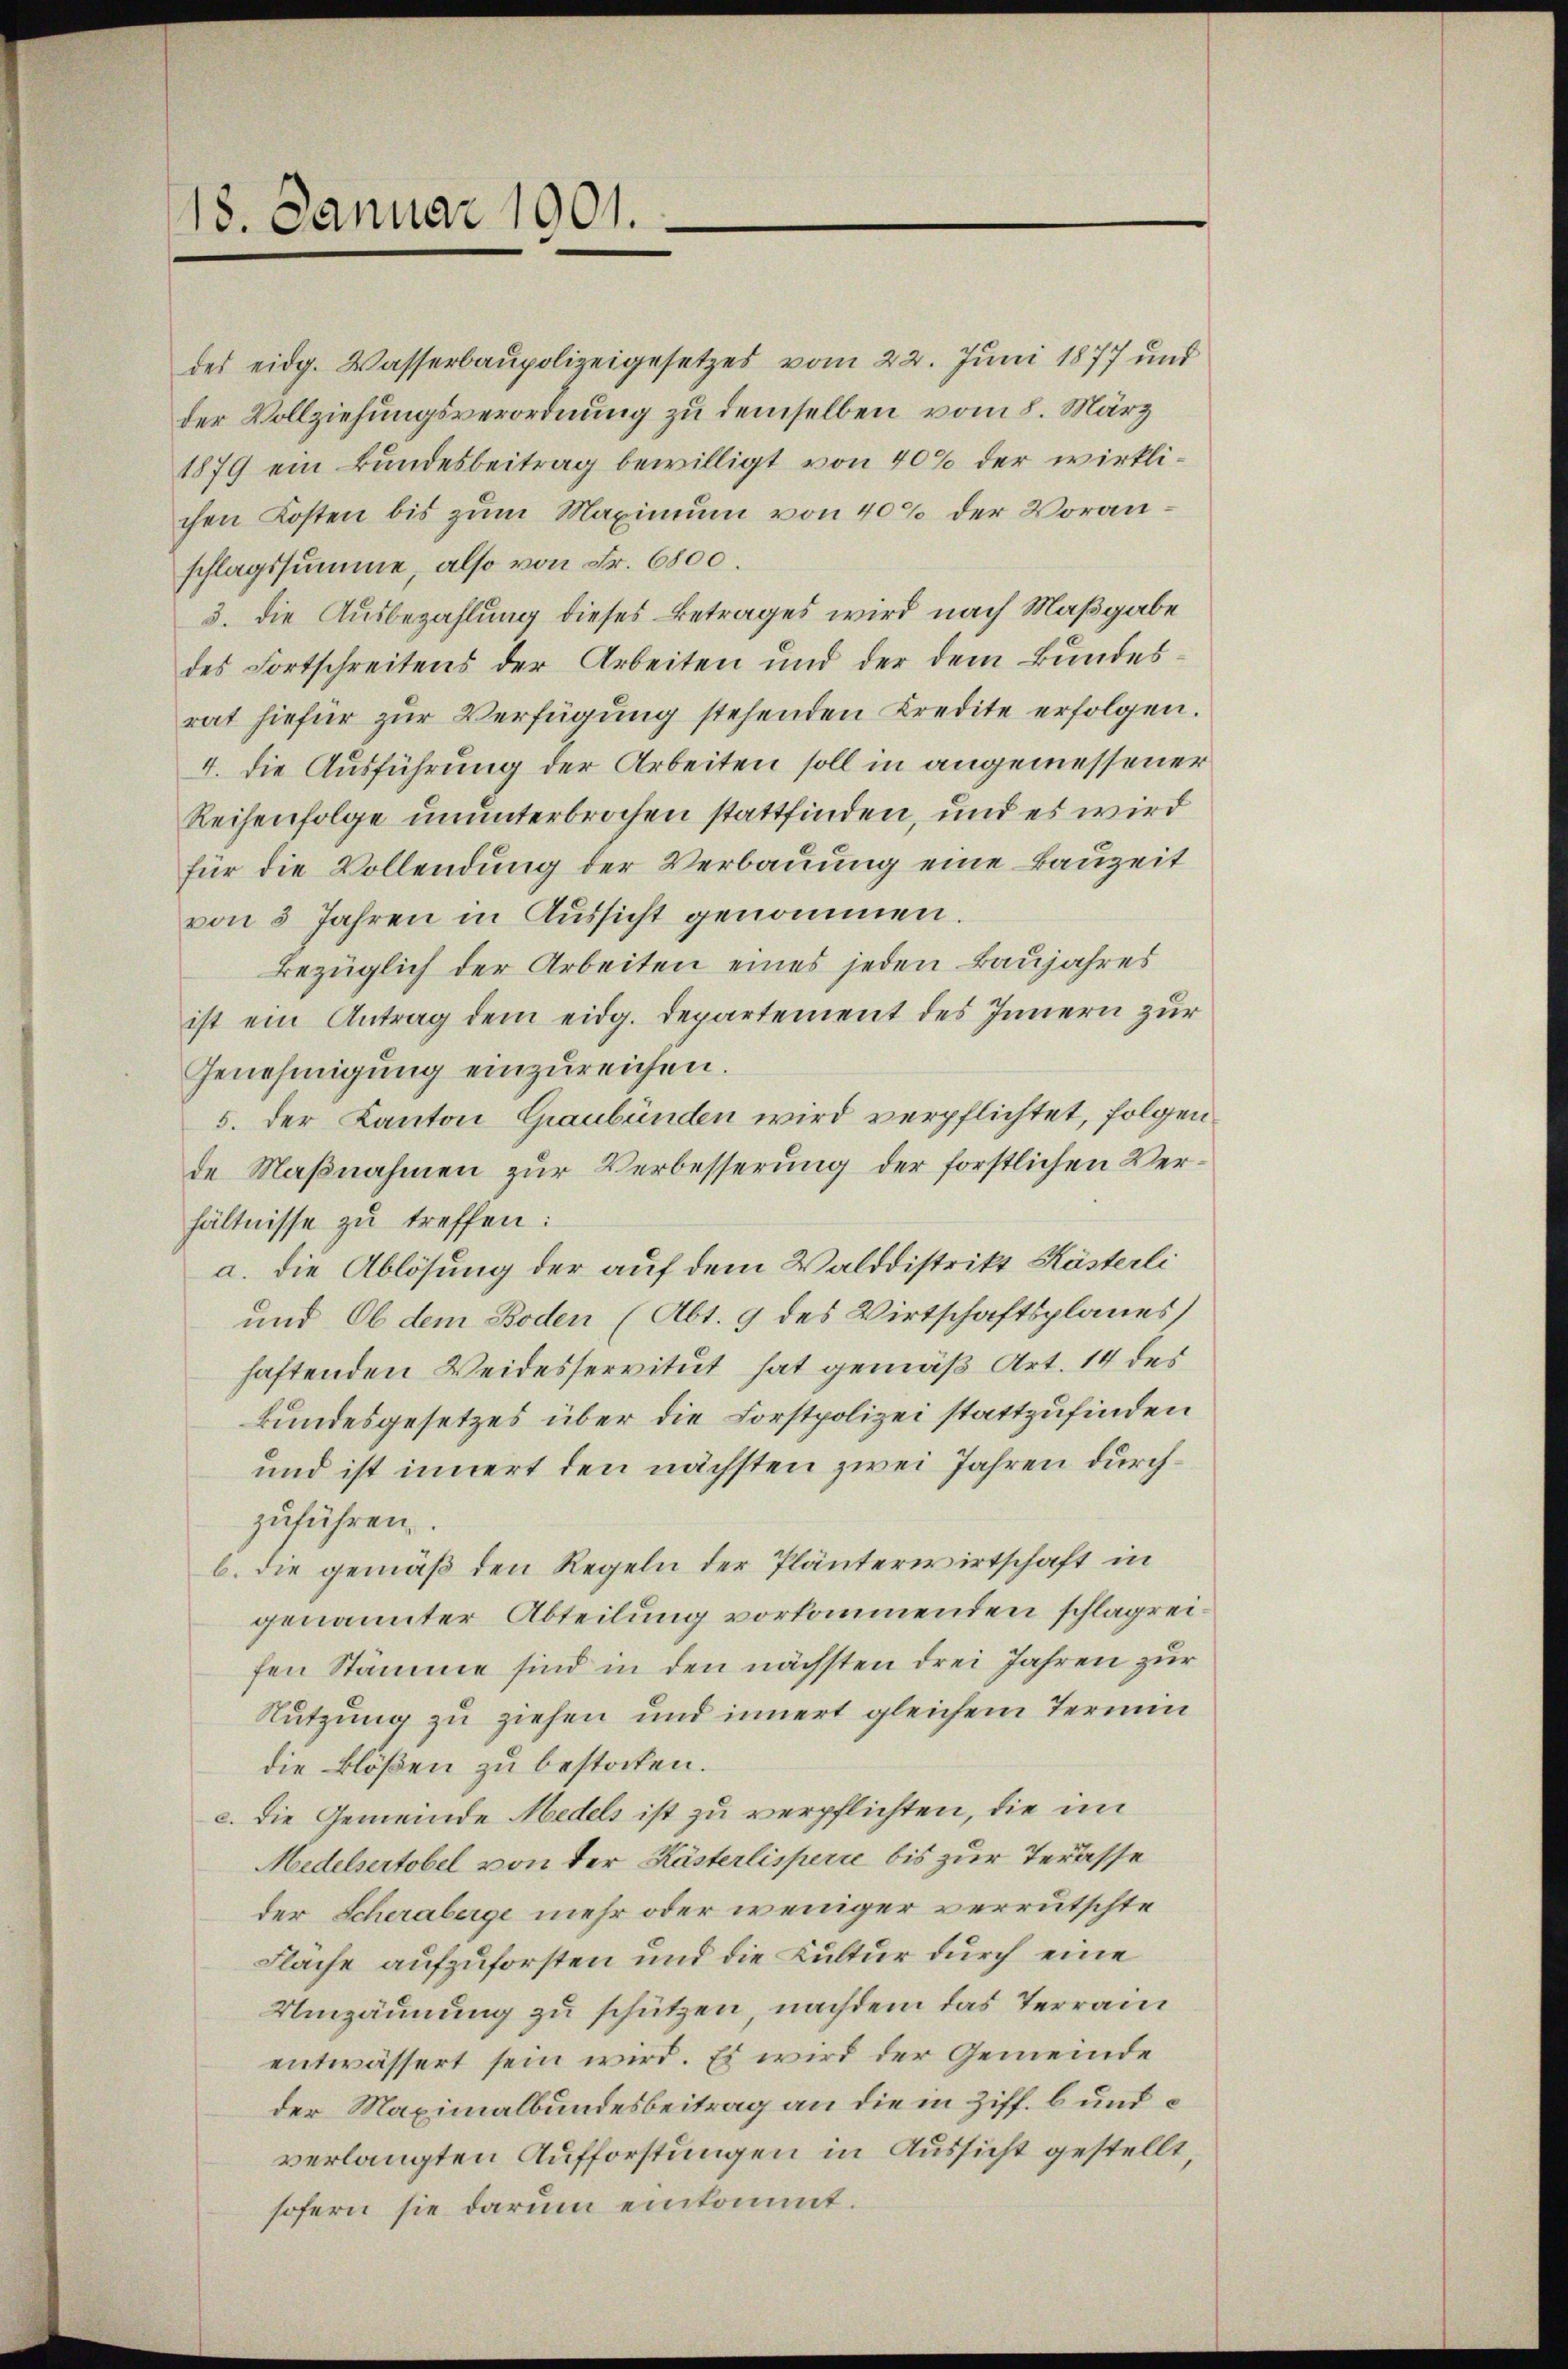
18. Januar 1901.

des eidg. Wasserbaupolizeigesetzes vom 22. Juni 1877 und
der Vollziehungsverordnung zu demselben vom 8. März
1879 ein Bundesbeitrag bewilligt von 40% der wirklichen Kosten bis zum Maximum von 40% der Voranschlagssumme, also von Fr. 6800.
3. die Ausbezahlung dieses Betrages wird nach Maßgabe
des Fortschreitens der Arbeiten und der dem Bundesrat hiefür zur Verfügung stehenden Kredite erfolgen.
4. die Ausführung der Arbeiten soll in angemessener
Reihenfolge ununterbrochen stattfinden, und es wird
für die Vollendung der Verbauung eine Bauzeit
von 3 Jahren in Aŭssicht genommen.
Bezüglich der Arbeiten eines jeden Baujahres
ist ein Antrag dem eidg. Departement des Innern zur
Genehmigung einzureichen.
5. der Kanton Graubünden wird verpflichtet, folgende Maßnahmen zur Verbesserung der forstlichen Verhältnisse zu treffen:
a. die Ablösung der auf dem Walddistrikt Kästerli
und Ob dem Boden (Abt. 9 des Wirtschaftsplanes,
haftenden Weidesservitut hat gemäß Art. 14 des
Bundesgesetzes über die Forstpolizei stattzufinden
und ist innert den nächsten zwei Jahren durchzuführen.
b. die gemäß den Regeln der Plänterwirtschaft in
genannter Abteilung vorkommenden schlagreifen Stämme sind in den nächsten drei Jahren zur
Nutzung zu ziehen und innert gleichem Termin
die Blößen zu bestocken.
c. Die Gemeinde Medels ist zu verpflichten, die im
Medelsertobel von der Kästerlisperie bis zur Terasse
der Scheraberge mehr oder weniger verrutschte
Flache aufzuforsten und die Kultur durch eine
Umzäunung zu schützen, nachdem das Terrain
entwässert sein wird. Es wird der Gemeinde
der Maximalbundesbeitrag an die in Ziff. b und e
verlangten Aufforstungen in Aussicht gestellt,
sofern sie darum einkommt.